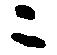
ニ